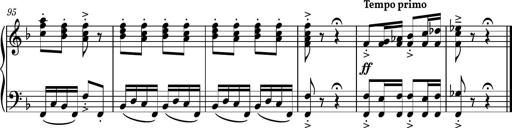
Title: Piano Sonatina No.8
Composer: Dimitri Sykias
Key: F major